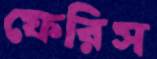
ফেরিস